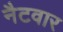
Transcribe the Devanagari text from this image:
नैटवार